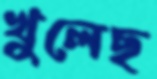
খুলেছ